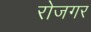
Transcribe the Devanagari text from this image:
रोजगर